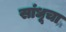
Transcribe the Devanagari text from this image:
सांधूचा